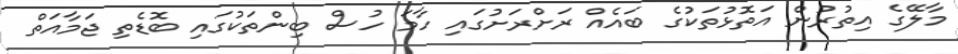
މާލޭގެ އިތުރުން އަތޮޅުތަކުގެ ބައެއް ރަށްރަށުގައި ހާމަ ހުސް ބިންތަކުގައި ބޮޑެތި ޖަމާއަތް